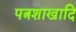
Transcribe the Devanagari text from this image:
पत्रशाखादि